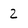
Character: 2